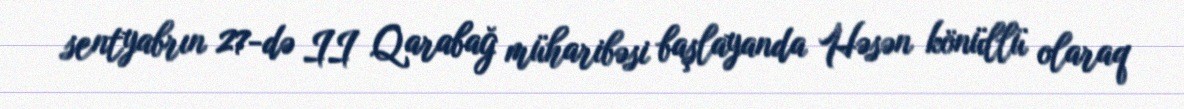
sentyabrın 27-də II Qarabağ müharibəsi başlayanda Həsən könüllü olaraq